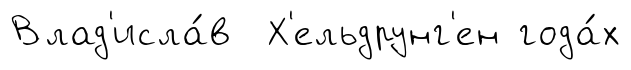
Влад'исла́в Х'ельдрунг'ен года́х